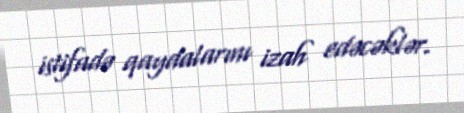
istifadə qaydalarını izah edəcəklər.